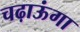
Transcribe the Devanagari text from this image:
चढ़ाऊंगा